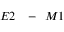
E 2 \mathrm { ~ \ensuremath ~ { ~ - ~ } ~ } M 1